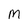
Character: m